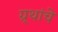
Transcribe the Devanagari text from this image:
ग्र्थांचे